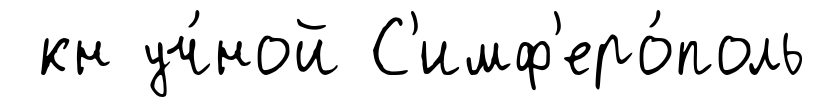
кн уч́ной С'имф'еро́поль